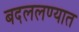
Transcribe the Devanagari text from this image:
बदललण्यात